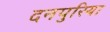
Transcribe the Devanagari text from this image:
दनपुरिया